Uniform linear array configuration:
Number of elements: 24
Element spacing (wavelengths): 0.5
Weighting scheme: kaiser
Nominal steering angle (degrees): -15
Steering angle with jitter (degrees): -13.096
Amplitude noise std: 0.05
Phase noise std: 0.05

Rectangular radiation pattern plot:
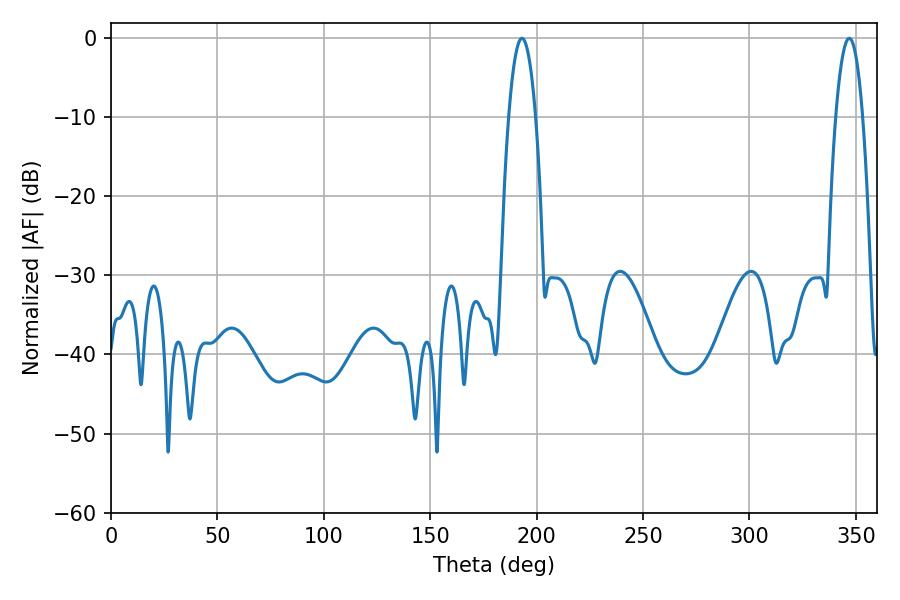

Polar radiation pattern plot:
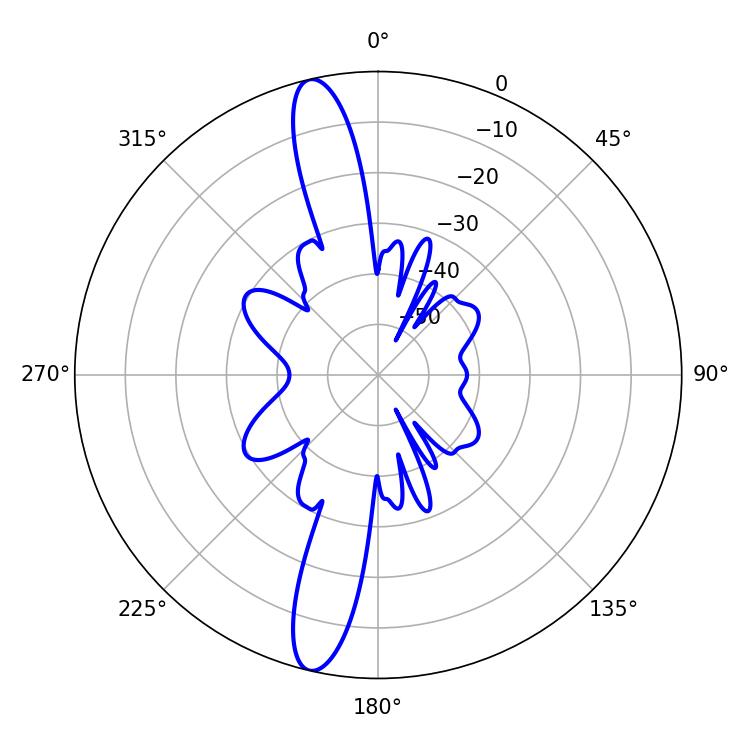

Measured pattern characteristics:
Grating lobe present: FALSE
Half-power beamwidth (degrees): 6.84
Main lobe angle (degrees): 193.14